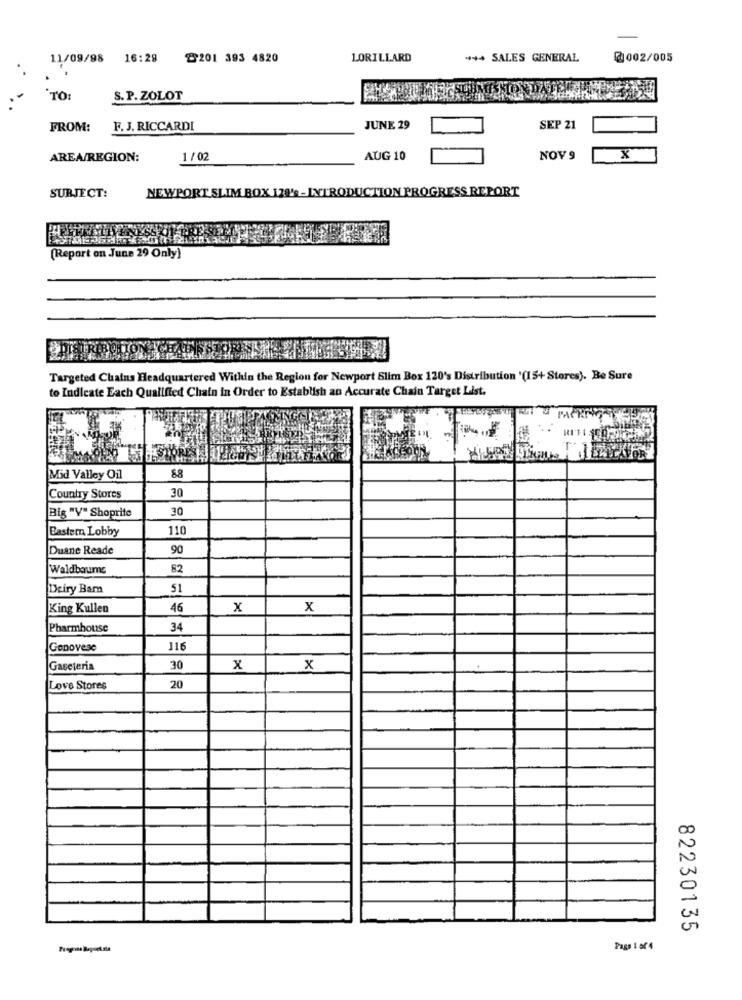
11/09/98
16:28
@201 393 4820
LORILLARD
*** SALES GENERAL
@002/005
TO:
S. P. ZOLOT
FROM:
F. J. RICCARDI
JUNE 29
SEP 21
AREA/REGION:
1/02
AUG 10
NOV 9
X
SUBJECT:
NEWPORT SLIM BOX 128' - INTRODUCTION PROGRESS REPORT
(Report on June 29 Only)
Targeted Chains Headquartered Within the Region for Newport Slim Box 120's Distribution '(15+ Stores). Be Sure
to Indicate Each Qualified Chain in Order to Establish an Accurate Chain Target List.
88
Mid Valley Oil
30
Country Stores
30
Big "V" Shoprite
Bastern Lobby
110
Duane Reade
90
Waldbaums
82
Deiry Bam
51
King Kullen
46
x
x
Pharmhouse
34
Genovese
116
Gascteria
30
x
x
20
Love Stores
82230135
Page 1 of 4